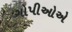
ગોપીઓએ